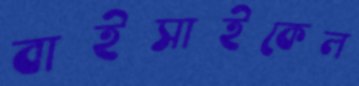
বাইসাইকেল